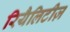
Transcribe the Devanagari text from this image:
रियैलिटीज़